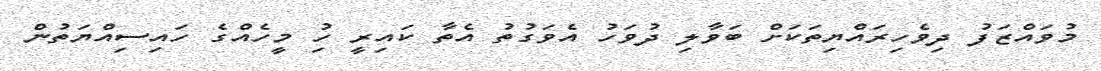
މުވައްޒަފު ދިވެހިރައްޔިތަކަށް ބަވާލި ދުވަހު އެވަގުތު އެތާ ކައިރީ ހުި މީހެއްގެ ހައިސިއްޔަތުން